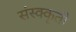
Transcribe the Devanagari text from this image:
संस्क्कृती